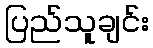
ပြည်သူချင်း